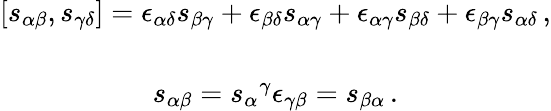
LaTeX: \begin{array}{c}{{[s_{\alpha\beta},s_{\gamma\delta}]=\epsilon_{\alpha\delta}s_{\beta\gamma}+\epsilon_{\beta\delta}s_{\alpha\gamma}+\epsilon_{\alpha\gamma}s_{\beta\delta}+\epsilon_{\beta\gamma}s_{\alpha\delta}\, ,}}\\ {{{}}}\\ {{s_{\alpha\beta}=s_{\alpha}{}^{\gamma}\epsilon_{\gamma\beta}=s_{\beta\alpha}\, .}}\end{array}